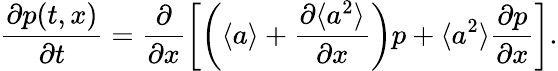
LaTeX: \frac{\partial p(t,x)}{\partial t}=\frac{\partial}{\partial x}\left[\left(\langle a\rangle+\frac{\partial\langle a^{2}\rangle}{\partial x}\right)p+\langle a^{2}\rangle\frac{\partial p}{\partial x}\right].